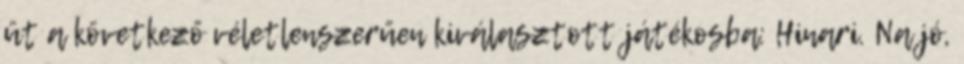
üt a következő véletlenszerűen kiválasztott játékosba: Hinari. Na jó,